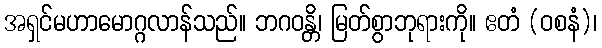
အရှင်မဟာမောဂ္ဂလာန်သည်။ ဘဂဝန္တိ၊ မြတ်စွာဘုရားကို။ ဧတံ (ဝစနံ)၊